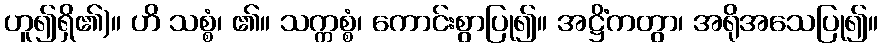
ဟူ၍ရှိ၏)။ ဟိ သစ္စံ၊ ၏။ သက္ကစ္စံ၊ ကောင်းစွာပြု၍။ အဋ္ဌိံကတွာ၊ အရိုအသေပြု၍။